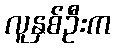
လူနှစ်ဦးက